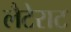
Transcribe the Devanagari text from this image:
लैटेराट